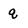
Character: q